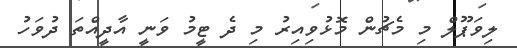
ލިވަޕޫލް މި މެޗުން މޮޅުވިއިރު މި ދެ ޓީމު ވަނީ އާދީއްތަ ދުވަހު